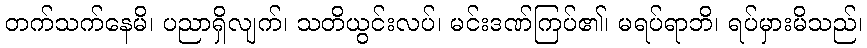
တက်သက်နေမိ၊ ပညာရှိလျက်၊ သတိယွင်းလပ်၊ မင်းဒဏ်ကြပ်၏၊ မရပ်ရာဘိ၊ ရပ်မှားမိသည်၊